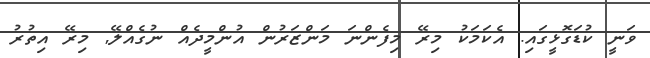
ވަނީ ކުޑަގޮޅީގައި. އެކަމަކު މިރޭ މިފެންނަ މަންޒަރުން އުންމީދެއް ނުގެއްލޭ